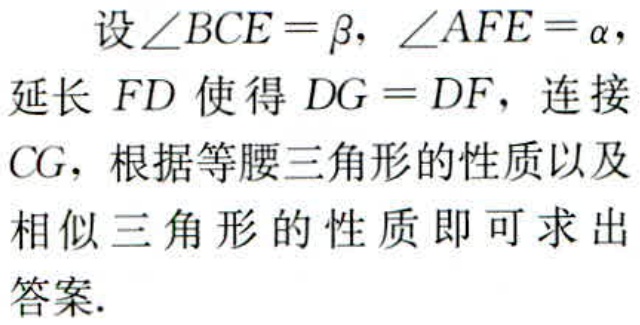
设\(\angle BCE = \beta\)，\(\angle AFE = \alpha\)，
延长 \(FD\) 使得 \(DG = DF\)，连接
\(CG\)，根据等腰三角形的性质以及
相似三角形的性质即可求出
答案.